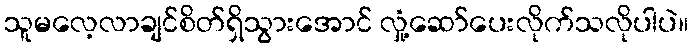
သူမလေ့လာချင်စိတ်ရှိသွားအောင် လှုံ့ဆော်ပေးလိုက်သလိုပါပဲ။